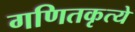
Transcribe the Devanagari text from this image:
गणितकृत्ये